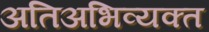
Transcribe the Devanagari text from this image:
अतिअभिव्यक्त